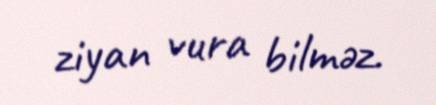
ziyan vura bilməz.